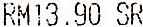
RM13.90 SR